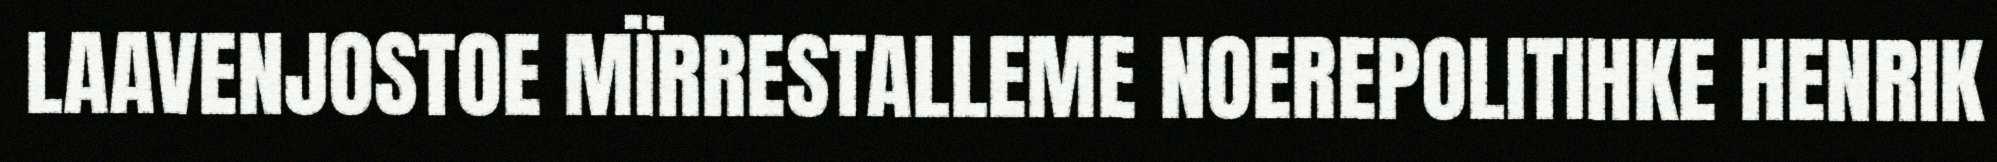
LAAVENJOSTOE MÏRRESTALLEME NOEREPOLITIHKE HENRIK